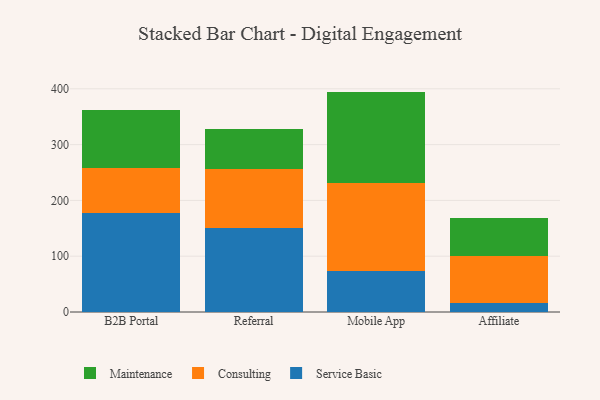
{"axis": {"x": "Channel", "y": "LTV (USD)"}, "legend": ["Consulting", "Maintenance", "Service Basic"], "data": [{"x": "B2B Portal", "y": 178.0, "type": "Service Basic"}, {"x": "B2B Portal", "y": 79.7, "type": "Consulting"}, {"x": "B2B Portal", "y": 105.1, "type": "Maintenance"}, {"x": "Referral", "y": 151.4, "type": "Service Basic"}, {"x": "Referral", "y": 105.1, "type": "Consulting"}, {"x": "Referral", "y": 71.6, "type": "Maintenance"}, {"x": "Mobile App", "y": 73.0, "type": "Service Basic"}, {"x": "Mobile App", "y": 157.7, "type": "Consulting"}, {"x": "Mobile App", "y": 164.3, "type": "Maintenance"}, {"x": "Affiliate", "y": 15.3, "type": "Service Basic"}, {"x": "Affiliate", "y": 85.1, "type": "Consulting"}, {"x": "Affiliate", "y": 68.0, "type": "Maintenance"}]}